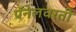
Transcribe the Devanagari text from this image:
पॅनेलवरती